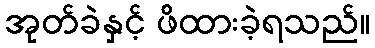
အုတ်ခဲနှင့် ဖိထားခဲ့ရသည်။